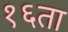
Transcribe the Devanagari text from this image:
१६ता